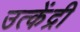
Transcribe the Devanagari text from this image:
उत्केंद्री